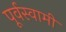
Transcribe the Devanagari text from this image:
पूर्वस्वामी